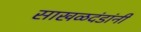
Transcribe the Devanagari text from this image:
साखळदंडांनी